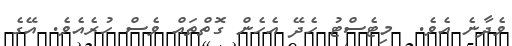
ވެދާނެ އެވެ.  މިޓެސްޓު ހެދޭ އެހެން ގޮތްތައް ވެސް ހުރެއެވެ. އޭގެ